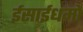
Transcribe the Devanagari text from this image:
ईसाईधर्मों